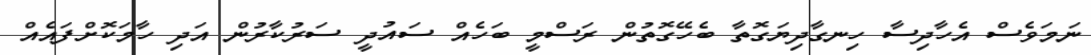
ނަމަވެސް އެހާދިސާ ހިނގާދިޔަގޮތާ ބެހޭގޮތުން ރަސްމީ ބަހެއް ސައުދީ ސަރުކާރުން އަދި ހާމަކޮށްފައެއް